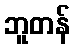
ဘူတန်